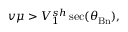
v \mu > V _ { 1 } ^ { s h } \sec ( \theta _ { \mathrm { B n } } ) ,